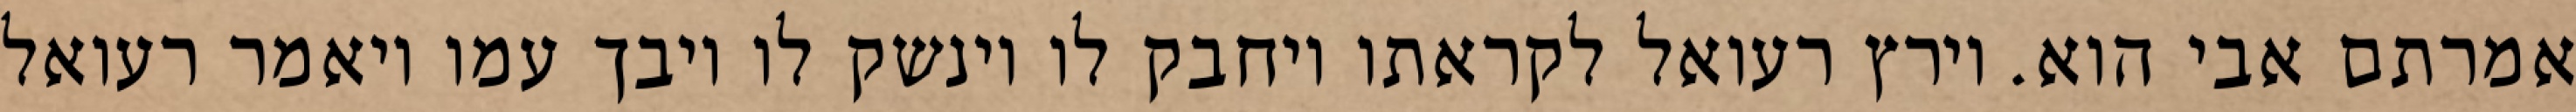
אמרתם אבי הוא. וירץ רעואל לקראתו ויחבק לו וינשק לו ויבך עמו ויאמר רעואל